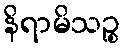
နိရာမိသဉ္စ